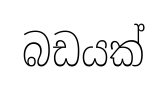
බඩයක්